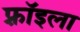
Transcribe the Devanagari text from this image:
फ़्रॉइला